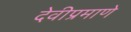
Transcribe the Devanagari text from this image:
देवीप्रमाणे